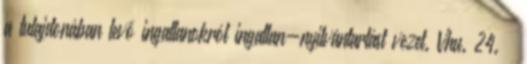
a tulajdonában levő ingatlanokról ingatlan-nyilvántartást vezet. Vhu. 24. §